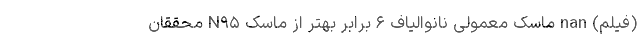
(فیلم) nan ماسک‌ معمولی نانوالیاف ۶ برابر بهتر از ماسک N۹۵ محققان